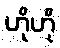
ဟိုဟို